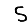
Digit: 5